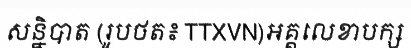
សន្និបាត (រូបថត៖ TTXVN)អគ្គលេខាបក្ស